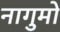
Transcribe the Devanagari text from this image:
नागुमो